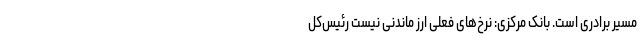
مسیر برادری است. بانک مرکزی: نرخ‌های فعلی ارز ماندنی نیست رئیس‌کل